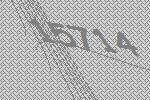
15714